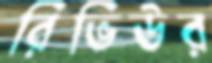
রিভিউর